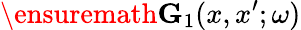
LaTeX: \ensuremath{\mathbf{G}}_{1}(x,x^{\prime};\omega)